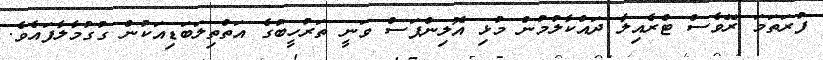
ފުރަތަމަ ރޭވެސް ޓްރެއިލާ ދައްކާލުމުން މުޅި އޮލިންޕަސް ވަނީ ތަރުހީބުގެ އަތްތިލަބަޑިއަކުން ގުގުމާލާފައެވެ.